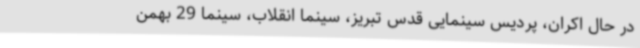
در حال اکران، پردیس سینمایی قدس تبریز، سینما انقلاب، سینما 29 بهمن